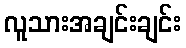
လူသားအချင်းချင်း